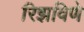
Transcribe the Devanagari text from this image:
रिझविणे